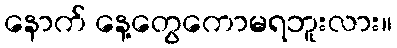
နောက် နေ့တွေကောမရဘူးလား။